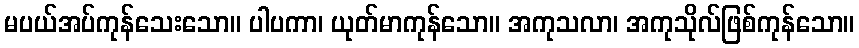
မပယ်အပ်ကုန်သေးသော။ ပါပကာ၊ ယုတ်မာကုန်သော။ အကုသလာ၊ အကုသိုလ်ဖြစ်ကုန်သော။